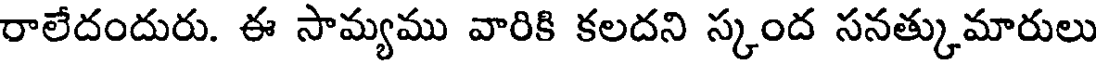
రాలేదందురు. ఈ సామ్యము వారికి కలదని స్కంద సనత్కుమారులు